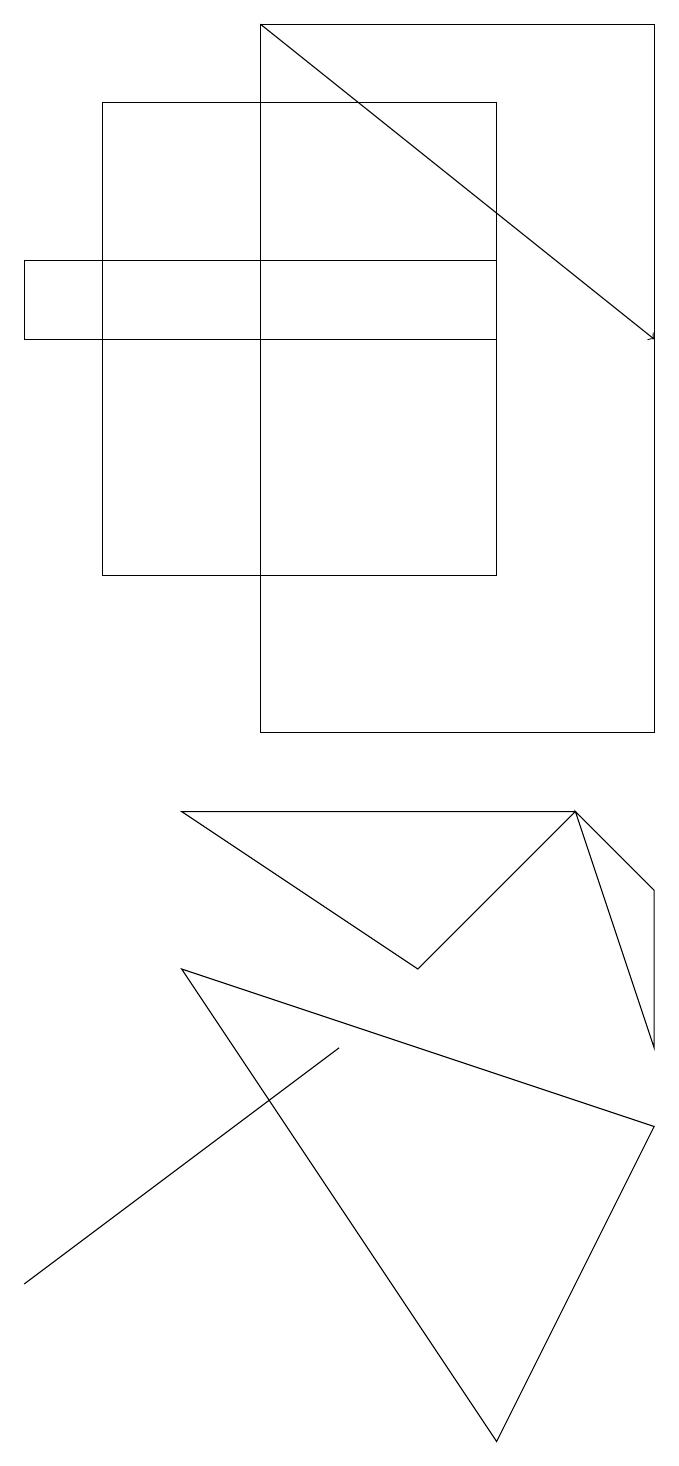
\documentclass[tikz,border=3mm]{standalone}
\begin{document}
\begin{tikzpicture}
\draw (8,6) -- (8,8) -- (7,9) -- cycle;
\draw (8,19) rectangle (3,10);
\draw (6,18) rectangle (1,12);
\draw (6,1) -- (8,5) -- (2,7) -- cycle;
\draw[->] (3,19) -- (8,15);
\draw (6,15) rectangle (0,16);
\draw (4,6) -- (0,3) -- (0,3) -- cycle;
\draw (5,7) -- (7,9) -- (2,9) -- cycle;
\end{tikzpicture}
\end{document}